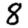
Digit: 8